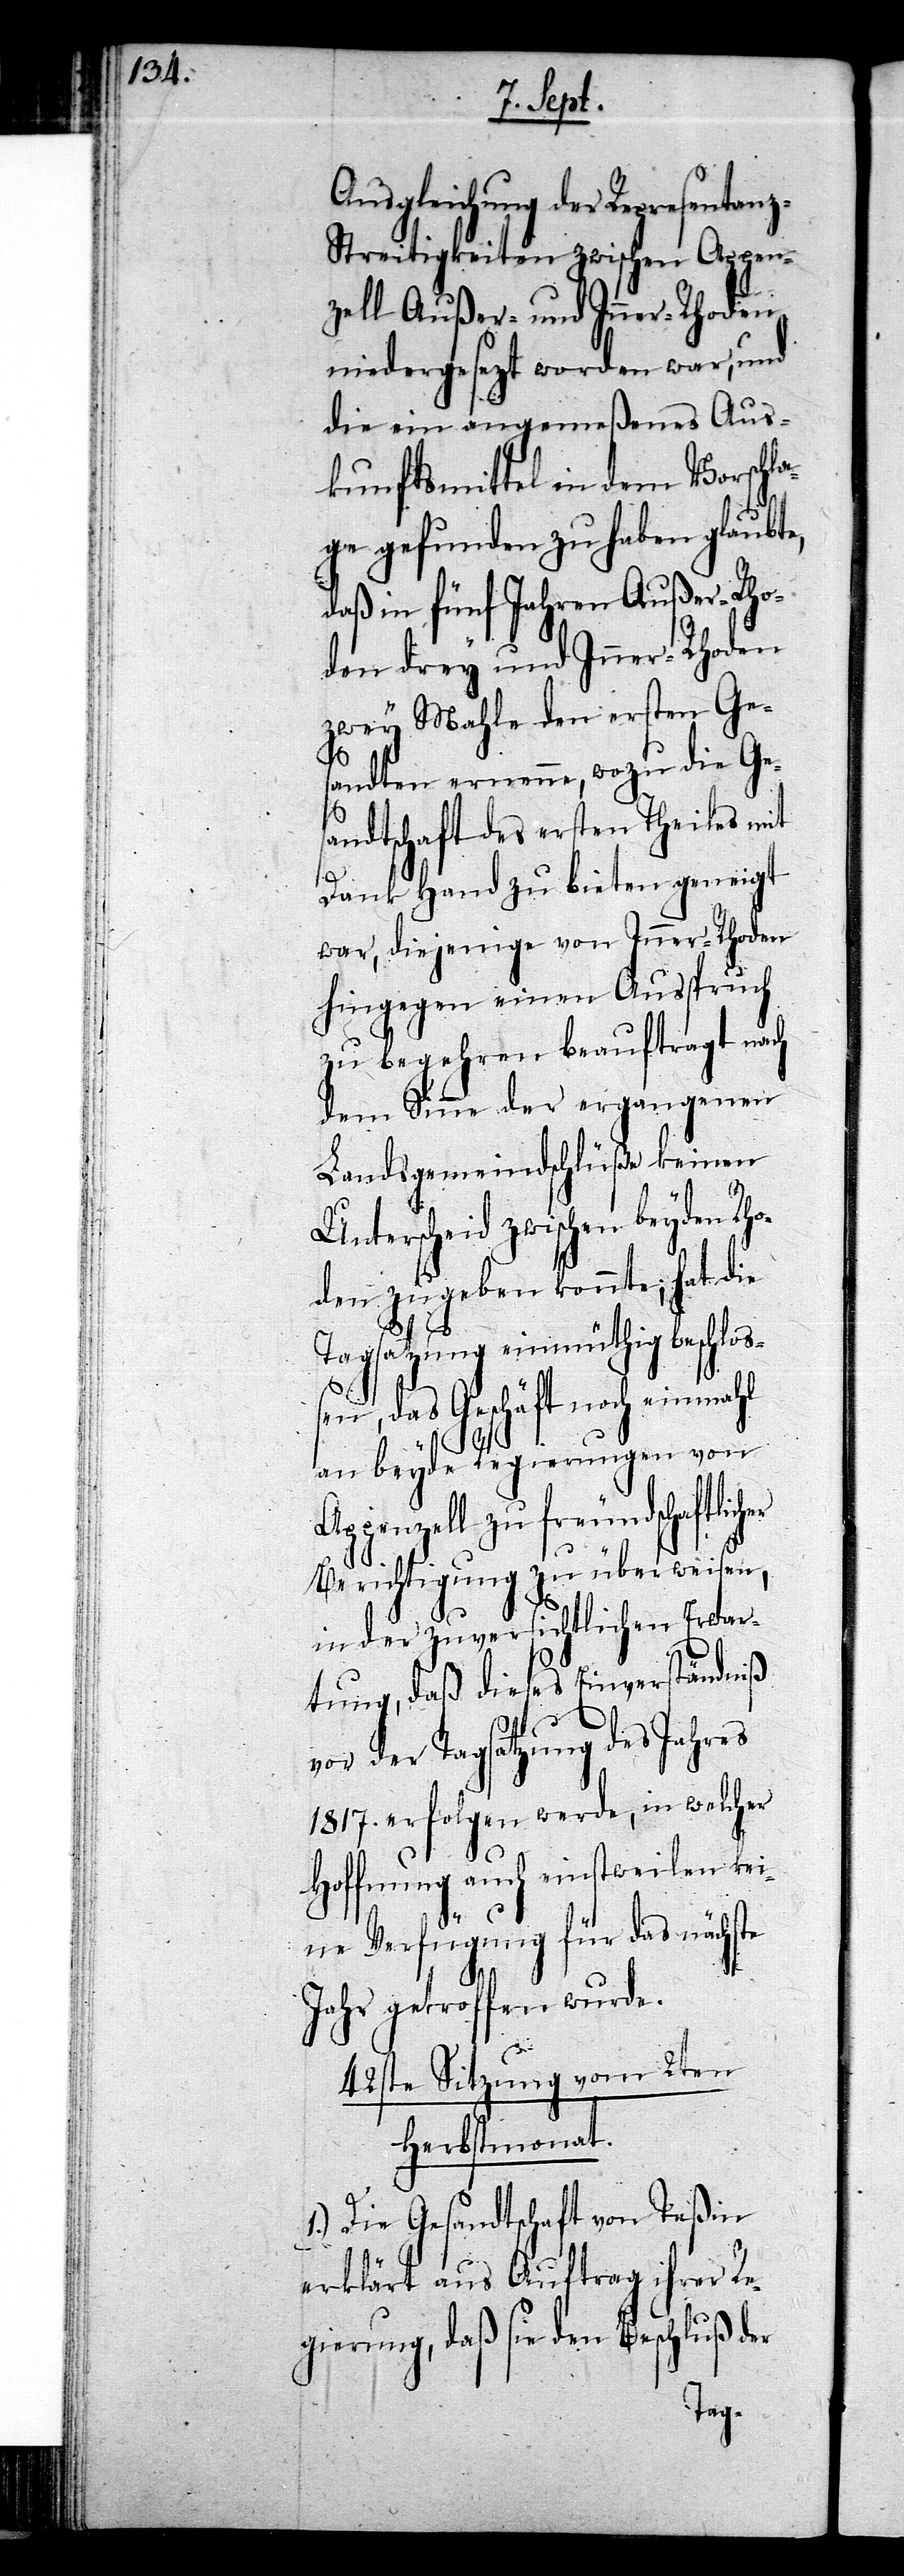
icher
Ausgleichung der Representan¬
z-Streitigkeiten zwischen Appen¬
zell Außer- und Inner-Rhoden
niedergesezt worden war, und
die ein angemeßenes Aus¬
kunftsmittel in dem Vorschl¬
age gefunden zu haben glaubte,
daß in fünf Jahren Außer-Rho¬
den drey und Inner-Rhoden
zwey Mahle den ersten Ges¬
andten ernenne, wozu die Ges¬
andtschaft des ersten Theils mit
Dank Hand zu bieten geneigt
war, diejenige von Inner-Rhoden
hingegen einen Ausspruch
zu begehren beauftragt nach
dem Sinne der ergangenen
Landsgemeindschlüße keinen
Unterscheid zwischen beyden Rho¬
den zugeben konnte; hat die
Tagsatzung einmüthig beschloß¬
en, das Geschäft noch einmahl
an beyde Regierungen von
Appenzell zu freundschaftl¬
Berichtigung zu überweisen,
in der zuversichtlichen Erwar¬
tung, daß dieses Einverständniß
vor der Tagsatzung des Jahres
1817. erfolgen werde, in welcher
Hoffnung auch einstweilen kei¬
ne Verfügung für das nächste
Jahr getroffen wurde.
42ste Sitzung vom 2ten
Herbstmonat.
1.) Die Gesandtschaft von Teßin
erklärt aus Auftrag ihrer Re¬
gierung, daß sie den Beschluß der